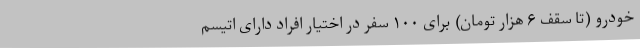
خودرو (تا سقف ۶ هزار تومان) برای ۱۰۰ سفر در اختیار افراد دارای اتیسم